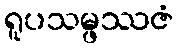
ရူပသမ္ဖဿဇံ